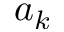
a _ { k }